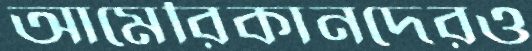
আমেরিকানদেরও